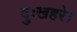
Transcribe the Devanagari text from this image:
दुःखहरे।